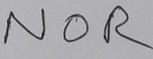
Text: NOR